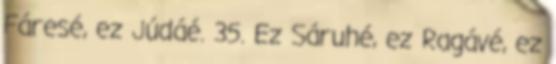
Fáresé, ez Júdáé. 35. Ez Sáruhé, ez Ragávé, ez